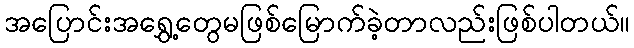
အပြောင်းအရွှေ့တွေမဖြစ်မြောက်ခဲ့တာလည်းဖြစ်ပါတယ်။